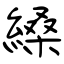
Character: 縔